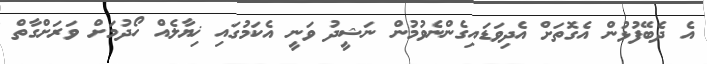
އެ ދެބޭފުޅުން އެގޮތަށް އެދިވަޑައިގެންނެވުމުން ނަޝީދު ވަނީ އެކަމުގައި ޚިޔާލެއް ހޯދުމަށް ވަރަށްގާތް